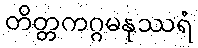
တိတ္တကဂ္ဂမနုဿရံ